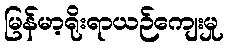
မြန်မာ့ရိုးရာယဉ်ကျေးမှု